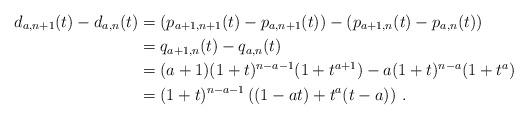
LaTeX: \begin{align*}d_{a,n+1}(t)-d_{a,n}(t)&= \left(p_{a+1,n+1}(t)-p_{a,n+1}(t)\right)-\left(p_{a+1,n}(t)-p_{a,n}(t)\right)\\&=q_{a+1,n}(t)-q_{a,n}(t)\\&=(a+1)(1+t)^{n-a-1}(1+t^{a+1})-a(1+t)^{n-a}(1+t^a)\\&=(1+t)^{n-a-1}\left((1-at)+t^a(t-a)\right)\,.\end{align*}